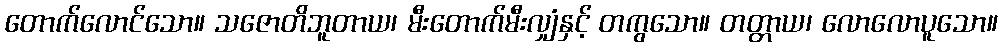
တောက်လောင်သော။ သဇောတိဘူတာယ၊ မီးတောက်မီးလျှံနှင့် တကွသော။ တတ္တာယ၊ လောလောပူသော။